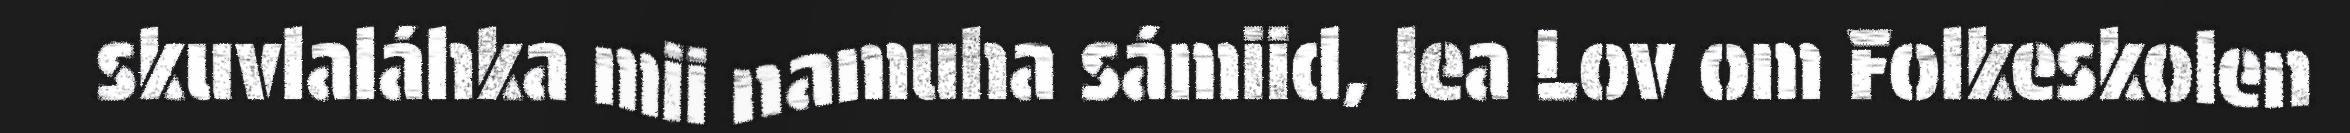
skuvlaláhka mii namuha sámiid, lea Lov om Folkeskolen